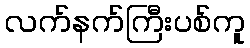
လက်နက်ကြီးပစ်ကူ